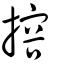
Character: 搈